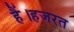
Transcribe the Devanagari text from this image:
हैं।हजरत